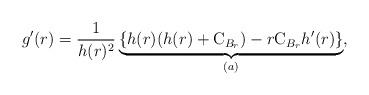
LaTeX: \begin{align*}g'(r) =\frac{1}{h(r)^2} \underbrace{\left\{h(r)(h(r)+\mathrm{C}_{B_r})-r\mathrm{C}_{B_r}h'(r)\right\}}_{(a)}, \end{align*}